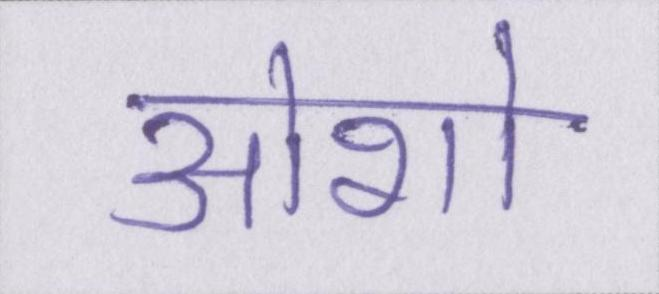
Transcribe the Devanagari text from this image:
ओशो